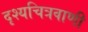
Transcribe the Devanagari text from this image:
दृश्यचित्रवाणी